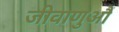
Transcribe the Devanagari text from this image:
जीवाणुऔं